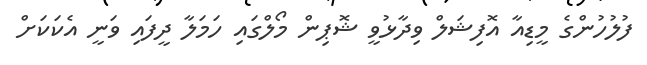
ފުލުހުންގެ މީޑިއާ އޮފިޝަލް ވިދާޅުވީ ޝޮޕިން މޯލްގައި ހަމަލާ ދީފައި ވަނީ އެކަކަށް